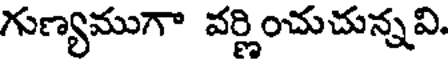
గుణ్యముగా వర్ణించుచున్నవి.